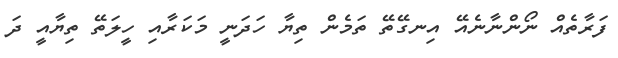
ފަރާތެއް ނޯންނާނެއޭ އިނގޭތޭ ތަމެން ތިޔާ ހަދަނީ މަކަރާއި ހީލަތޭ ތިޔާއީ ދަ